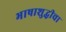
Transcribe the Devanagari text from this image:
भाषाशुद्धीचा